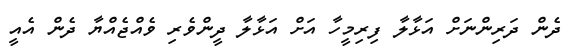
ދެން ދަރިންނަށް އަޅާލާ ފިރިމީހާ އަށް އަޅާލާ ދީންވެރި ވެއްޖެއްޔާ ދެން އެއީ